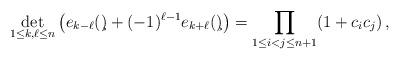
LaTeX: \begin{align*}\det_{1\leq k,\ell\leq n}\left( e_{k-\ell}(\c) + (-1)^{\ell-1} e_{k+\ell}(\c)\right) = \prod_{1\leq i<j\leq n+1} (1+c_ic_j) \,,\end{align*}